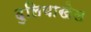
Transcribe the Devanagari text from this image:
दुलियाखेल